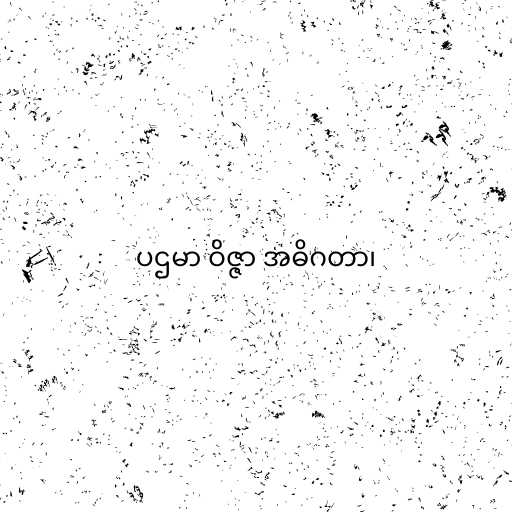
ပဌမာ ဝိဇ္ဇာ အဓိဂတာ၊